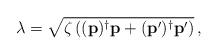
LaTeX: \begin{align*}\lambda =\sqrt{ \zeta \left( (\mathbf{p})^{\dagger}\mathbf{p} +(\mathbf{p}^{\prime})^{\dagger}\mathbf{p}^{\prime} \right) }\,,\end{align*}